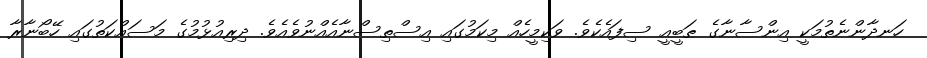
ހަނދާންނެތުމަކީ އިންސާނާގެ ޠަބީއީ ސިފައެކެވެ. ވަކިމީހެއް މިކަމުގައި އިސްތިސްނާއެއްނުވެއެވެ. ދިރިއުޅުމުގެ މަސައްކަތުގައި ހޭބޯނާރާ